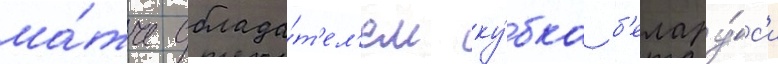
ма́тче облада́т'ел'ем ку́бка б'елару́с'и